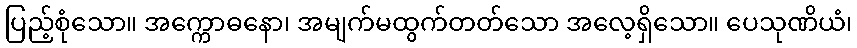
ပြည့်စုံသော။ အက္ကောဓနော၊ အမျက်မထွက်တတ်သော အလေ့ရှိသော။ ပေသုဏိယံ၊